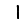
Digit: 1